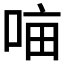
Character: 𭈈